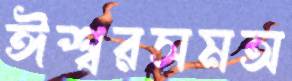
ঈশ্বরসমঅ